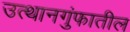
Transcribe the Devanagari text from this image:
उत्थानगुंफातील